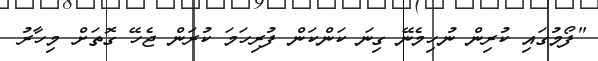
"ފޯމުގައި ކުރިން ނުހިމެނޭ ގިނަ ކަންކަން ފުރިހަމަ ކުރަން ޖެހޭ ގޮތަށް މިހާރު